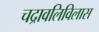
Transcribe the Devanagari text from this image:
चद्रावलिविलास